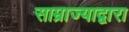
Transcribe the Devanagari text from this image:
साम्राज्याद्वारा